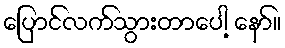
ပြောင်လက်သွားတာပေါ့ နော်။